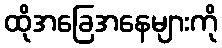
ထိုအခြေအနေများကို